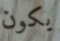
يكون